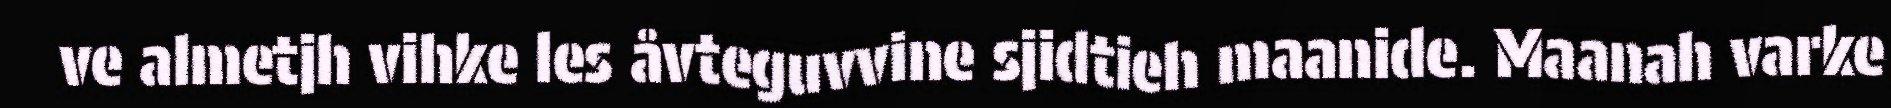
ve almetjh vihke les åvteguvvine sjidtieh maanide. Maanah varke